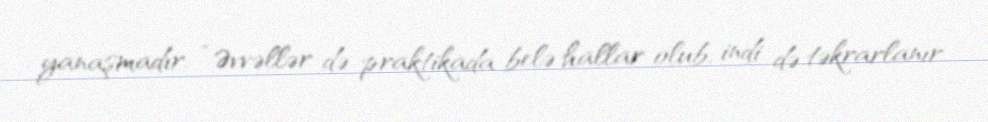
yanaşmadır: “Əvvəllər də praktikada belə hallar olub, indi də təkrarlanır.